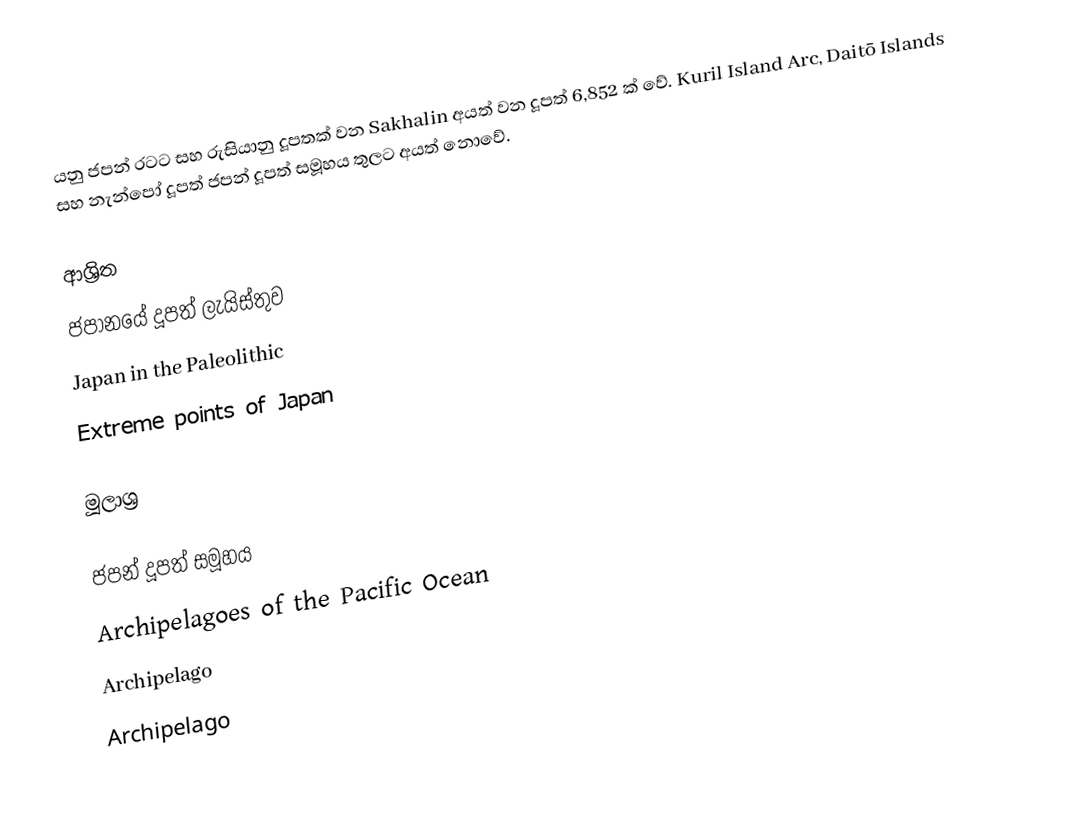
යනු ජපන් රටට සහ රුසියානු දූපතක් වන Sakhalin අයත් වන දූපත් 6,852 ක් වේ. Kuril Island Arc, Daitō Islands සහ නැන්පෝ දූපත් ජපන් දූපත් සමූහය තුලට අයත් නොවේ.

ආශ්‍රිත
 ජපානයේ දූපත් ලැයිස්තුව
 Japan in the Paleolithic
 Extreme points of Japan

මූලාශ්‍ර

ජපන් දූපත් සමූහය
Archipelagoes of the Pacific Ocean
Archipelago
Archipelago